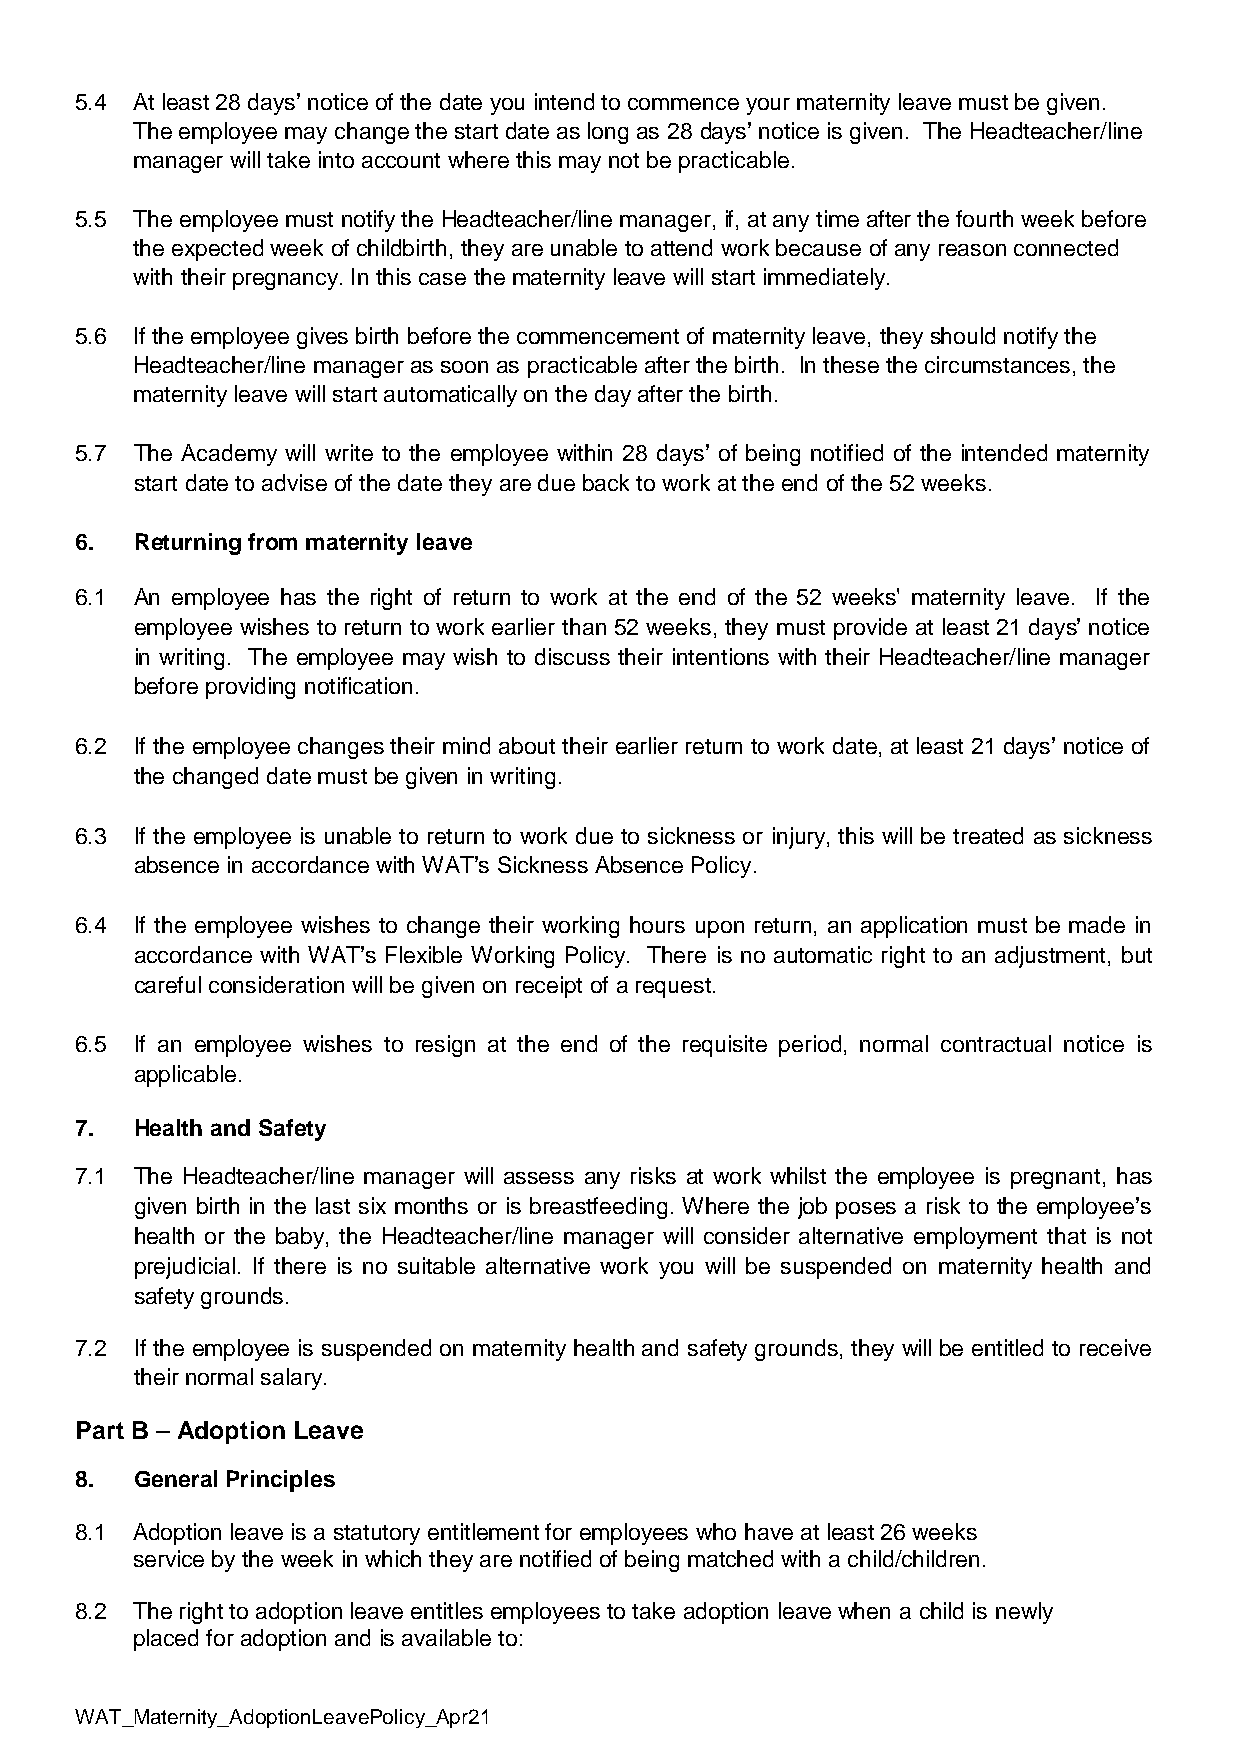
5.4 At least 28 days’ notice of the date you intend to commence your maternity leave must be given.
 The employee may change the start date as long as 28 days’ notice is given. The Headteacher/line
 manager will take into account where this may not be practicable.
 5.5 The employee must notify the Headteacher/line manager, if, at any time after the fourth week before
 the expected week of childbirth, they are unable to attend work because of any reason connected
 with their pregnancy. In this case the maternity leave will start immediately.
 5.6 If the employee gives birth before the commencement of maternity leave, they should notify the
 Headteacher/line manager as soon as practicable after the birth. In these the circumstances, the
 maternity leave will start automatically on the day after the birth.
 5.7 The Academy will write to the employee within 28 days’ of being notified of the intended maternity
 start date to advise of the date they are due back to work at the end of the 52 weeks.
 6.  Returning from maternity leave
 6.1 An employee has the right of return to work at the end of the 52 weeks' maternity leave. If the
 employee wishes to return to work earlier than 52 weeks, they must provide at least 21 days’ notice
 in writing. The employee may wish to discuss their intentions with their Headteacher/line manager
 before providing notification.
 6.2 If the employee changes their mind about their earlier return to work date, at least 21 days’ notice of
 the changed date must be given in writing.
 6.3 If the employee is unable to return to work due to sickness or injury, this will be treated as sickness
 absence in accordance with WAT’s Sickness Absence Policy.
 6.4 If the employee wishes to change their working hours upon return, an application must be made in
 accordance with WAT’s Flexible Working Policy. There is no automatic right to an adjustment, but
 careful consideration will be given on receipt of a request.
 6.5 If an employee wishes to resign at the end of the requisite period, normal contractual notice is
 applicable.
 7.  Health and Safety
 7.1 The Headteacher/line manager will assess any risks at work whilst the employee is pregnant, has
 given birth in the last six months or is breastfeeding. Where the job poses a risk to the employee’s
 health or the baby, the Headteacher/line manager will consider alternative employment that is not
 prejudicial. If there is no suitable alternative work you will be suspended on maternity health and
 safety grounds.
 7.2 If the employee is suspended on maternity health and safety grounds, they will be entitled to receive
 their normal salary.
 Part B – Adoption Leave
 8.  General Principles
 8.1 Adoption leave is a statutory entitlement for employees who have at least 26 weeks
 service by the week in which they are notified of being matched with a child/children.
 8.2 The right to adoption leave entitles employees to take adoption leave when a child is newly
 placed for adoption and is available to:
 WAT_Maternity_AdoptionLeavePolicy_Apr21